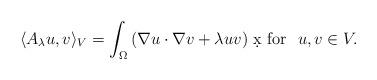
LaTeX: \begin{align*}\langle A_\lambda u,v\rangle_V =\int_\Omega \left(\nabla u\cdot\nabla v + \lambda uv\right)\,\d x\mbox{ for } \ u,v\in V.\end{align*}